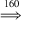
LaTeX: \stackrel { 1 6 0 } { \implies }